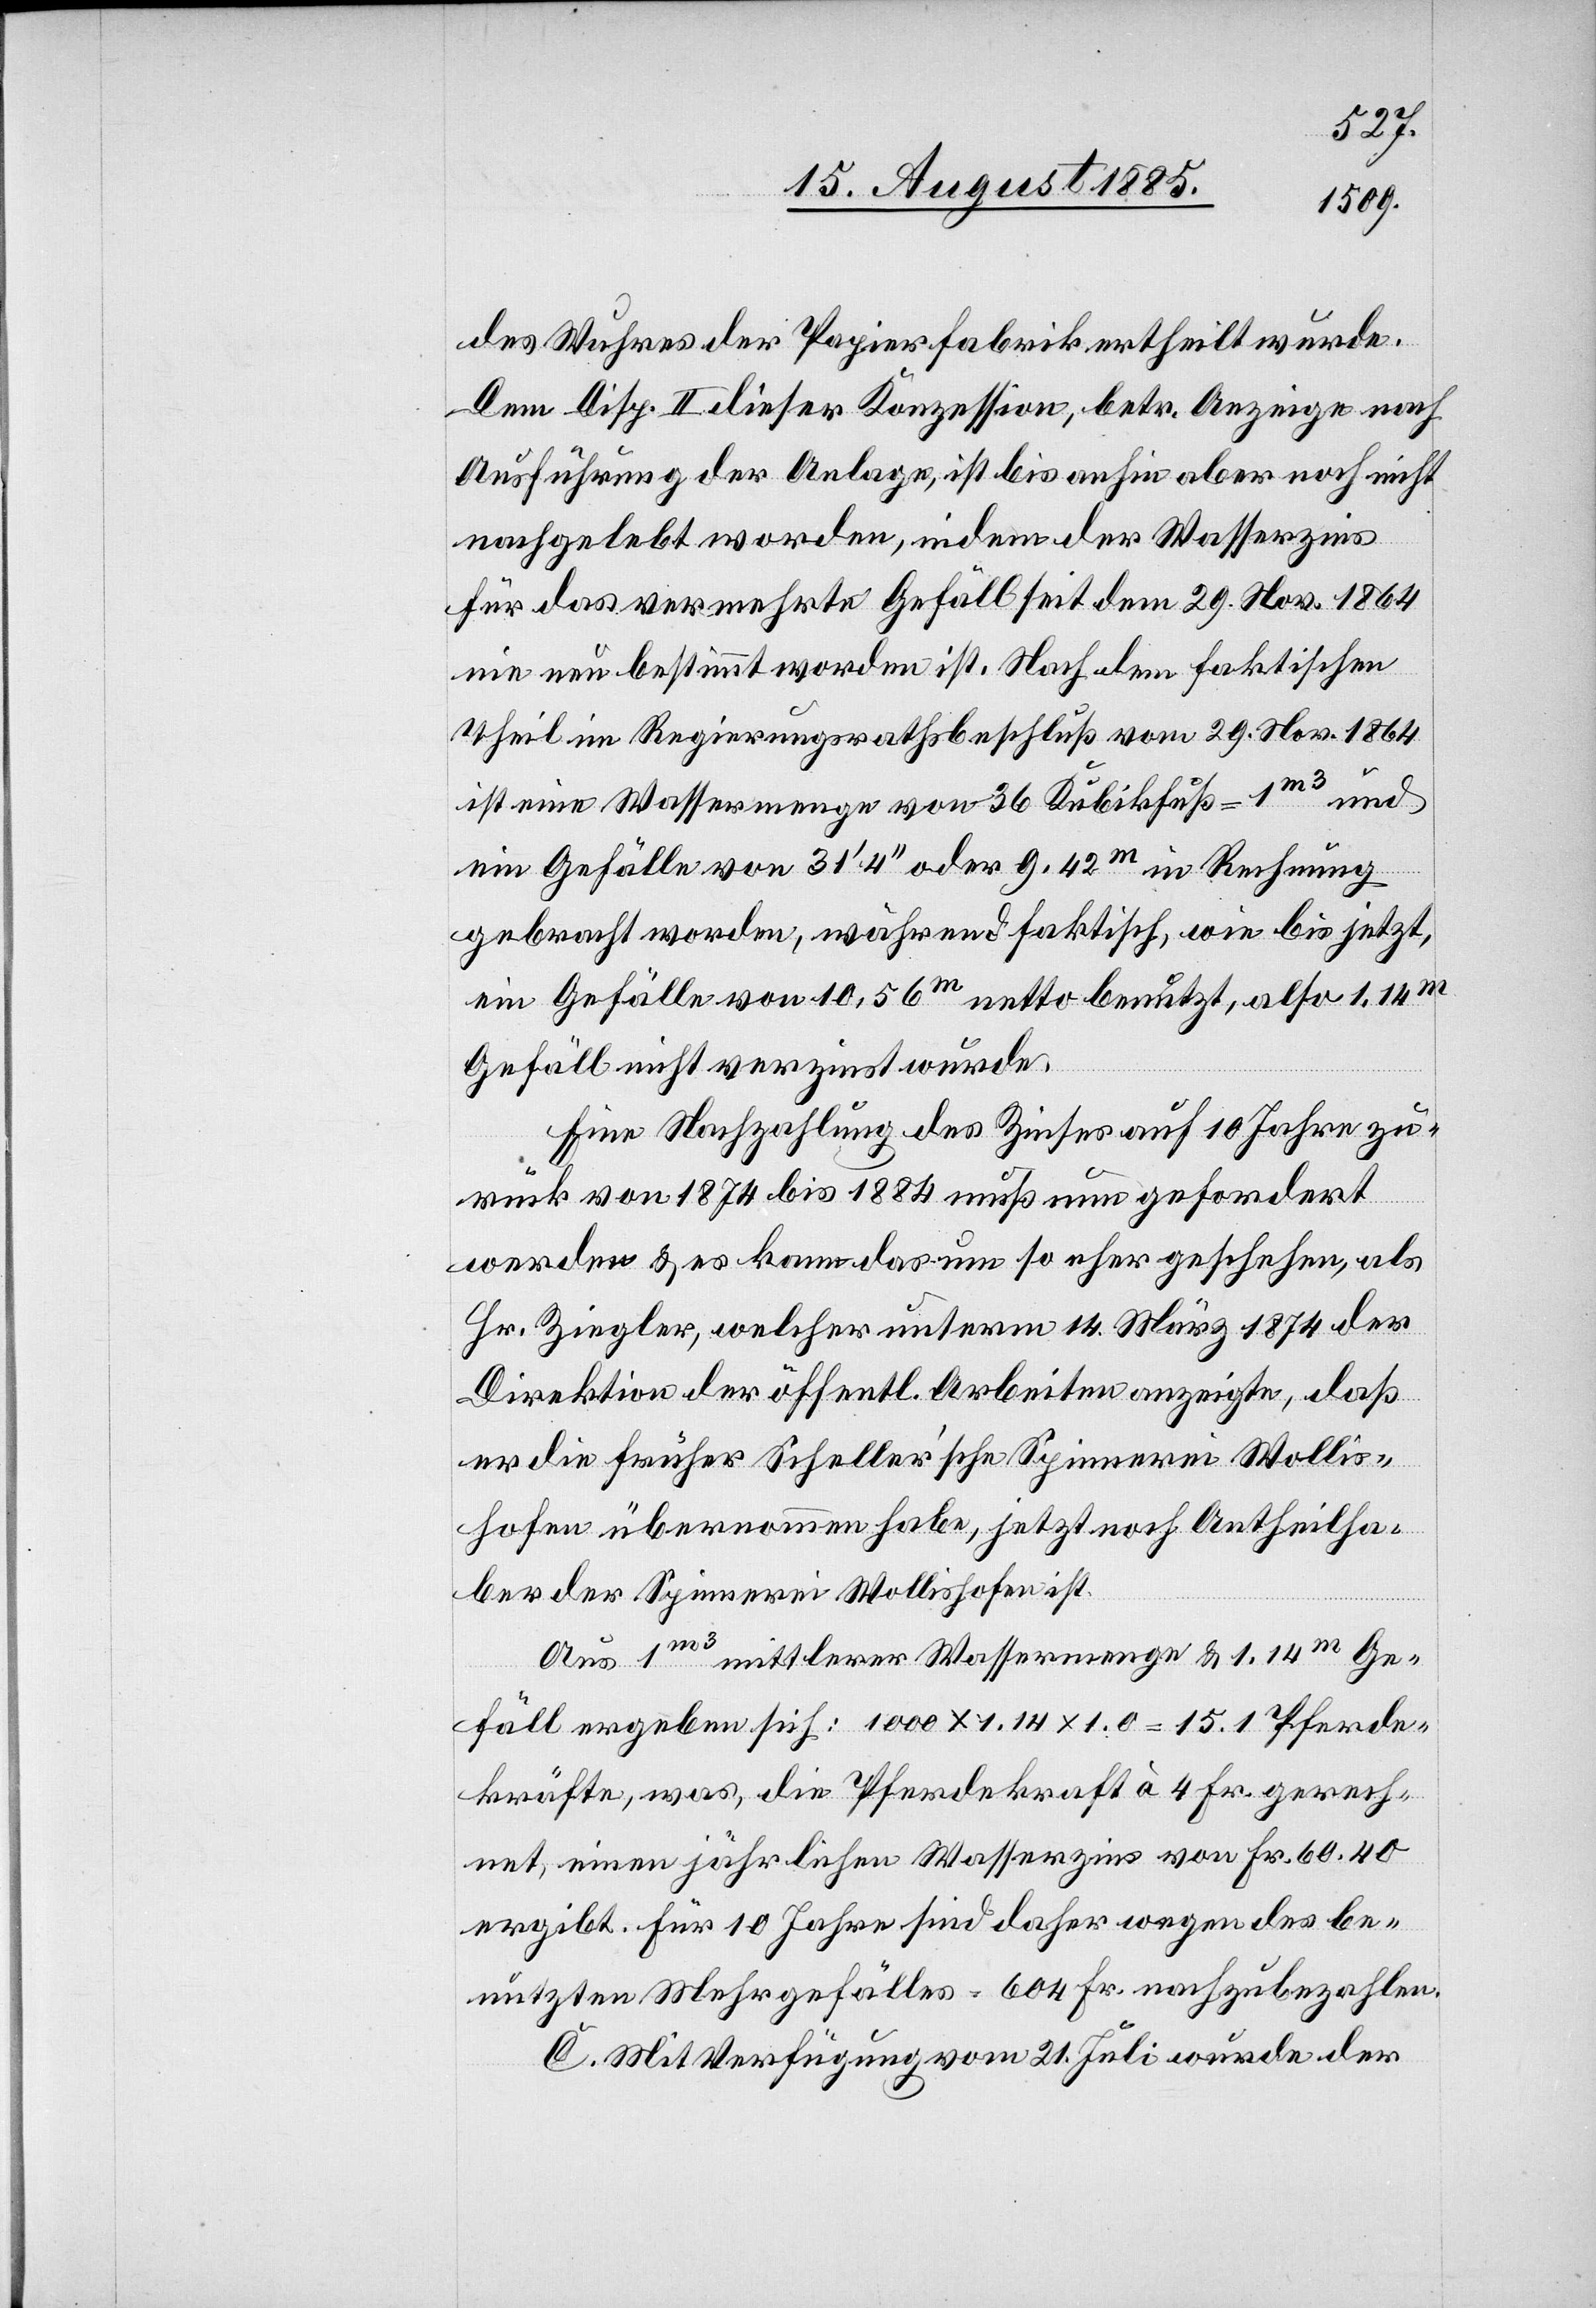
des Wuhres der Papierfabrik ertheilt wurde.
Dem Disp. II dieser Konzession, betr. Anzeige nach
Ausführung der Anlage, ist bis anhin aber noch nicht
nachgelebt worden, indem der Wasserzins
für das vermehrte Gefäll seit dem 29. Nov. 1864
nie neu bestimmt worden ist. Nach dem faktischen
Theil im Regierungsrathsbeschluß vom 29. Nov. 1864
ist eine Wassermenge von 36 Kubikfuß = 1m3 und
ein Gefälle von 31‘ 4‘‘ oder 9.42m in Rechnung
gebracht worden, während faktisch, wie bis jetzt
ein Gefälle von 10,56m netto benutzt, also 1,14m
Gefäll nicht verzinst wurde.
Eine Nachzahlung des Zinses auf 10 Jahre zu¬
rück von 1874 bis 1884 muß nun gefordert
werden & es kann das um so eher geschehen, als
Hr. Ziegler, welcher unterm 14. März 1874 der
Direktion der öffentl. Arbeiten anzeigte, daß
er die früher Scheller’sche Spinnerei Wollis¬
hofen übernommen habe, jetzt noch Antheilha¬
ber der Spinnerei Wollishofen ist.
Aus 1m3 mittlerer Wassermenge & 1.14m Ge¬
fäll ergeben sich: 1000 x 1.14 x 1.0 = 15.1 Pferde¬
kräfte, was, die Pferdekraft à 4 Fr. gerech¬
net, einen jährlichen Wasserzins von Fr. 60.40
ergibt. Für 10 Jahre sind daher wegen des be¬
nutzten Mehrgefälles = 604 Fr. nachzubezahlen.
C. Mit Verfügung vom 21. Juli wurde der